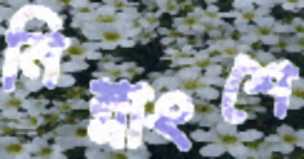
নিম্নাংশে